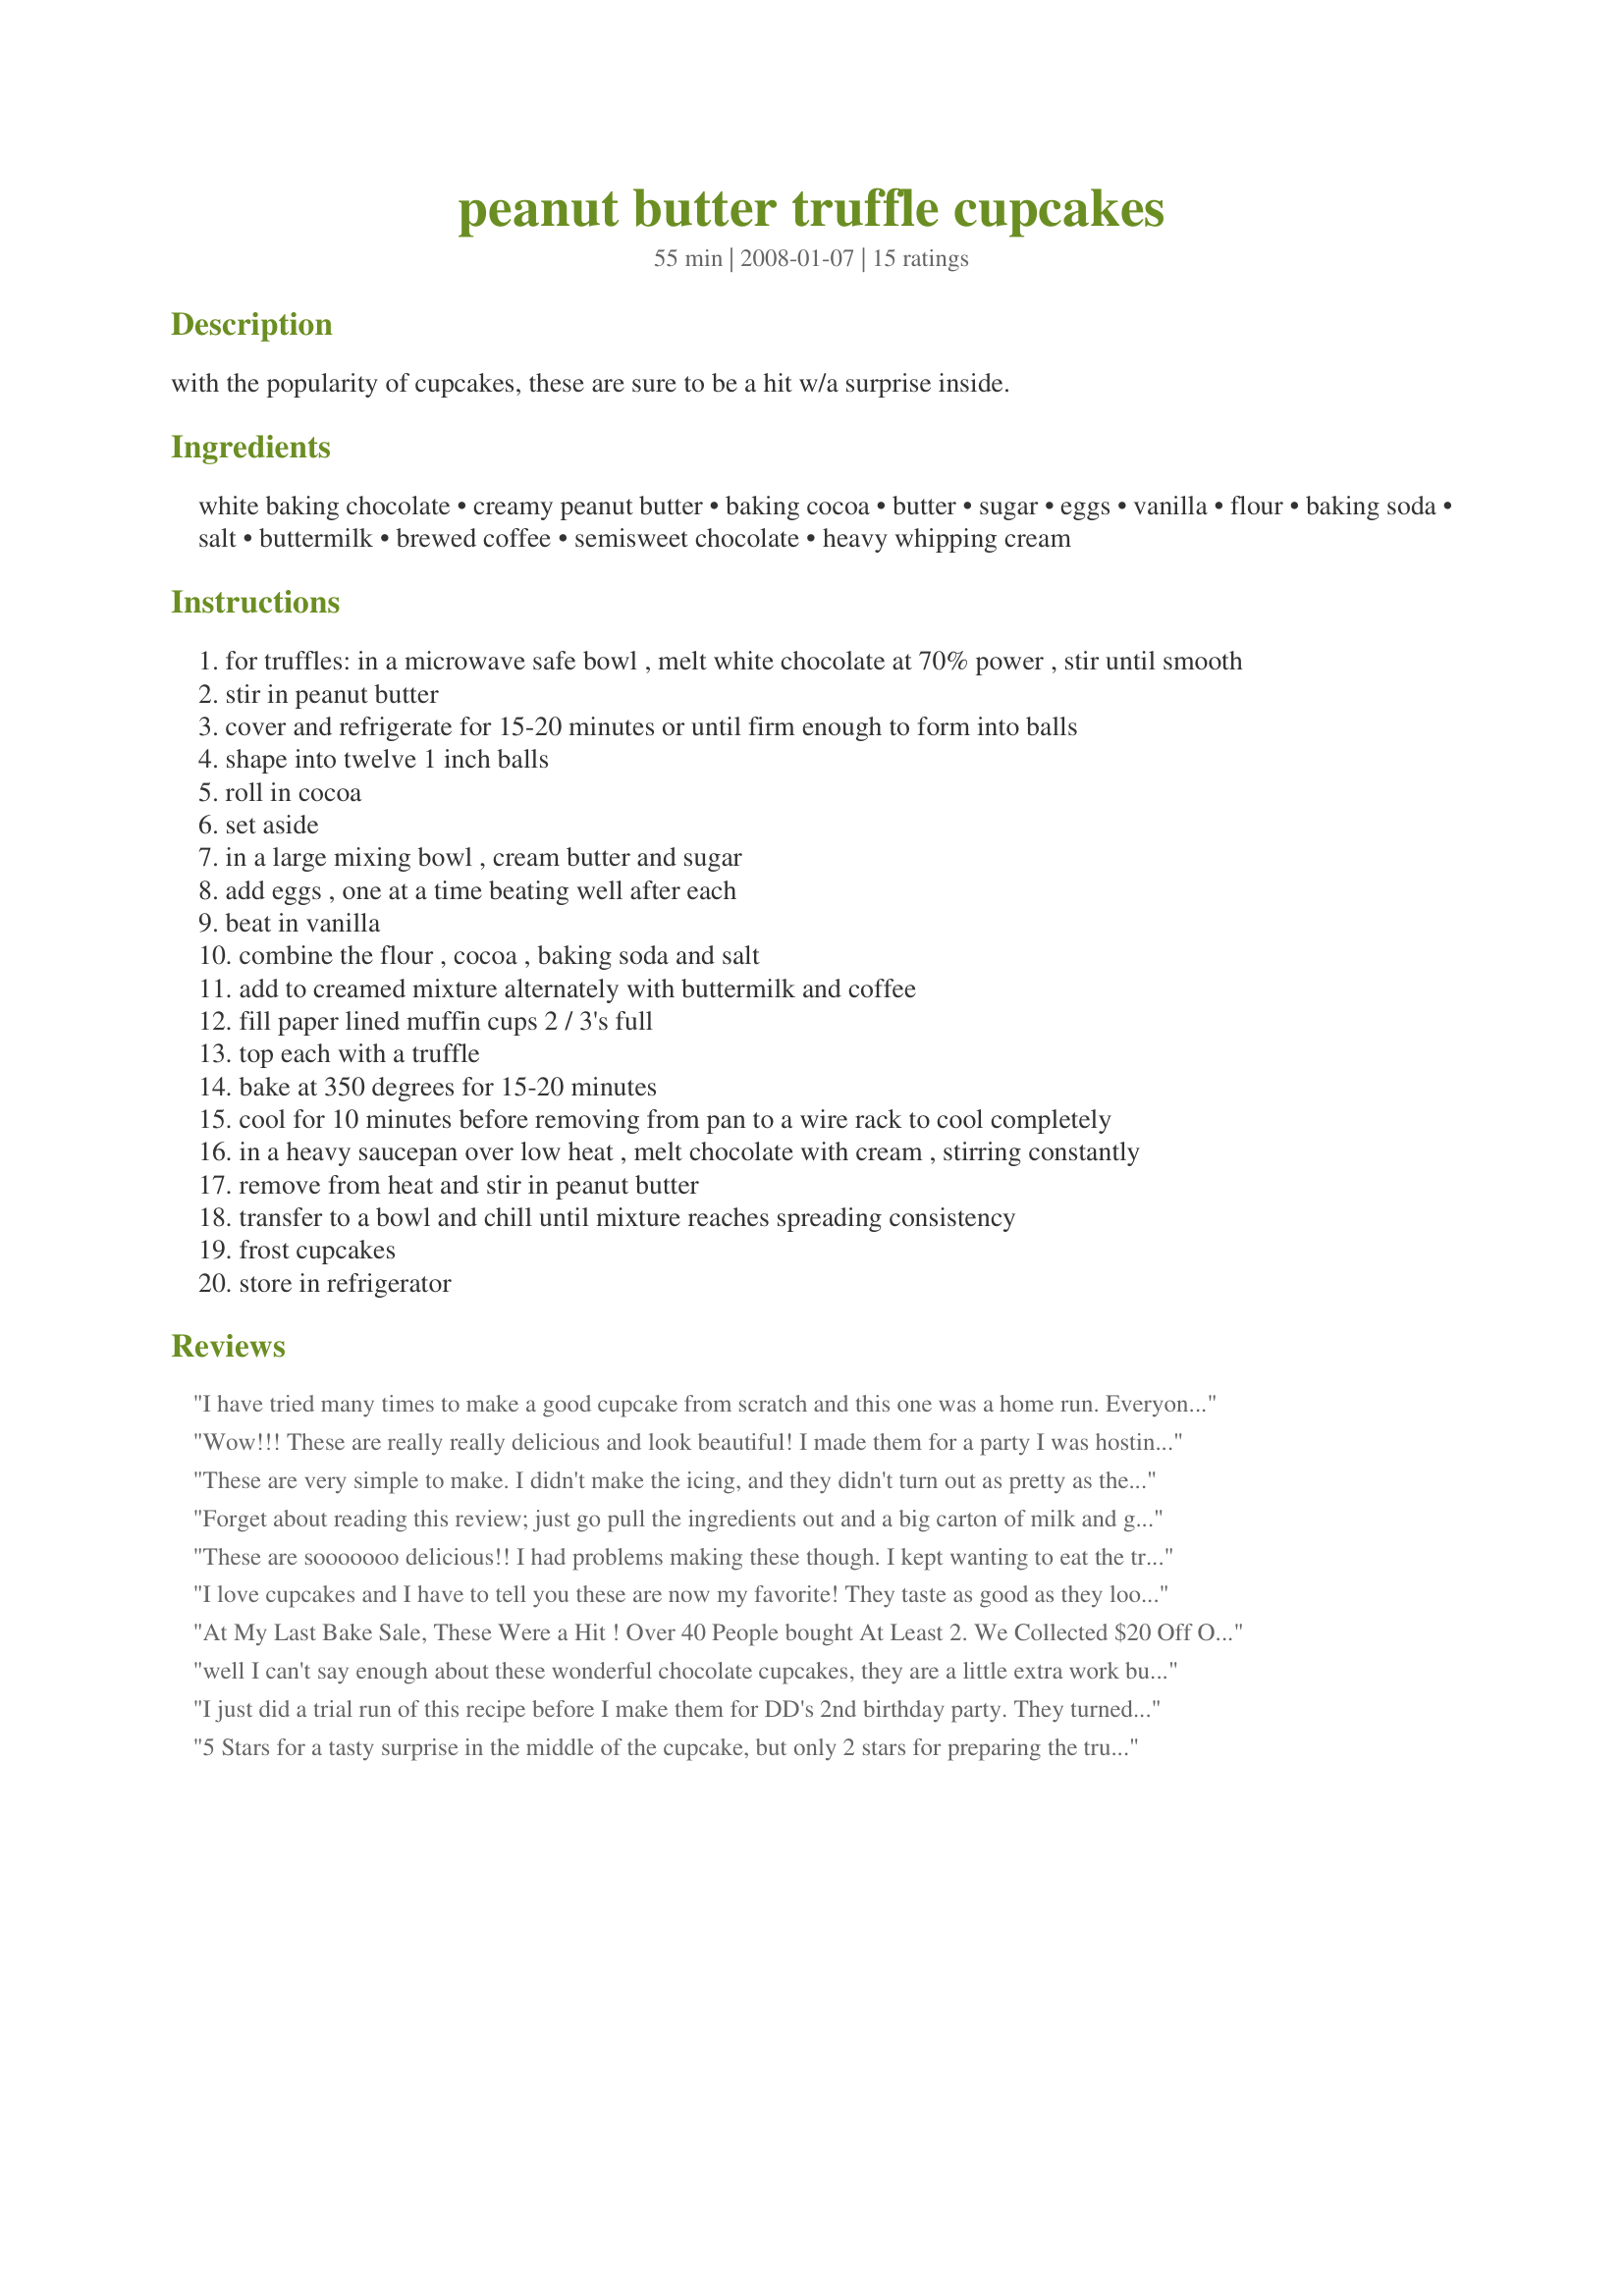
peanut butter truffle cupcakes
Preparation time: 55 minutes

with the popularity of cupcakes, these are sure to be a hit w/a surprise inside.

Ingredients:
white baking chocolate, creamy peanut butter, baking cocoa, butter, sugar, eggs, vanilla, flour, baking soda, salt, buttermilk, brewed coffee, semisweet chocolate, heavy whipping cream

Steps:
for truffles: in a microwave safe bowl , melt white chocolate at 70% power , stir until smooth
stir in peanut butter
cover and refrigerate for 15-20 minutes or until firm enough to form into balls
shape into twelve 1 inch balls
roll in cocoa
set aside
in a large mixing bowl , cream butter and sugar
add eggs , one at a time beating well after each
beat in vanilla
combine the flour , cocoa , baking soda and salt
add to creamed mixture alternately with buttermilk and coffee
fill paper lined muffin cups 2 / 3's full
top each with a truffle
bake at 350 degrees for 15-20 minutes
cool for 10 minutes before removing from pan to a wire rack to cool completely
in a heavy saucepan over low heat , melt chocolate with cream , stirring constantly
remove from heat and stir in peanut butter
transfer to a bowl and chill until mixture reaches spreading consistency
frost cupcakes
store in refrigerator

Reviews:
I have tried many times to make a good cupcake from scratch and this one was a home run. Everyone raved about them. :)
Wow!!! These are really really delicious and look beautiful! I made them for a party I was hosting last night- and everyone was raving about them. I had to hide two so that I would have a chance to enjoy them myself :). These are not complicated to make- just be careful not to leave the frosting in the fridge for too long- mine turned hard- and I had to let it sit out for a few hours before I could use it. The glaze was still a little too stiff to spread on so I piped it on the cupcake with a piping bag- they really looked beautiful! Thank you!
These are very simple to make. I didn't make the icing, and they didn't turn out as pretty as the other photos, but love the coffee-pb-chocolate flavor of these little treats. Thanks for posting. ~Buddha :)
Forget about reading this review; just go pull the ingredients out and a big carton of milk and get ready for a trip chocolate peanut butter heaven. I made these this morning for my brother's birthday as this is favorite dessert combination and he is just going to flip. for my use, I made 24 mini and 3 full-sized cupcakes and had enough batter to make two more without filling. The cake is so moist and intense on its own, you could make that alone and have a delicious indulgence. For me this is especially exciting as cakes from scratch often intimidate me, but these came together in a snap. Thanks CoffeeB. Made for Potluck Tag.
These are sooooooo delicious!! I had problems making these though. I kept wanting to eat the truffle mixture, batter, and frosting. LOL! ;) Thanks, CoffeeBarista!!
I love cupcakes and I have to tell you these are now my favorite! They taste as good as they look in the picture too!
At My Last Bake Sale, These Were a Hit ! Over 40 People bought At Least 2. We Collected $20 Off Of Them !
well I can't say enough about these wonderful chocolate cupcakes, they are a little extra work but well worth the effort and a must try for any peanut butter-chocolate lover and that would be my DS and his GF who thorough enjoyed these, I made the truffles a day ahead to save some time, I will make again and may try it next time using a boxed cake mix for ease, thanks Coffee!
I just did a trial run of this recipe before I make them for DD's 2nd birthday party. They turned out great but I will do things a little differently next time. <br/><br/>For the truffles I will pour the mixture in a shallow square dish and after they harden, I will slice them into squares then cover them in cocoa powder. That way they will be more uniform in size and I won't have to get my hands messy making them into balls. <br/><br/>The batter was easy enough. I used Pero instead of coffee as we are not coffee drinkers. I was concerned by the extremely runny batter, but they eventually cooked. I pulled my cupcakes out after 25 minutes, but they could have used another minute or two. <br/><br/>The frosting was simple. I used mini semi sweet chocolate chips and they melted in no time. I like that the frosting isn't very sweet. A sweet butter cream would be too much for this cupcake.<br/><br/>I'm excited to serve them to our family at DD's birthday. We all love peanut butter and chocolate and I think they'll love the surprise inside!
5 Stars for a tasty surprise in the middle of the cupcake, but only 2 stars for preparing the truffles. 15 minutes in the fridge wasn't long enough to firm up the truffles so I waited about an hour. When I finally got to roll them into balls,they literally melted in my hands while forming them. It was a messy disaster. I've made plenty of truffles in the past and they've never melted in my hands like this before. 1 Star for the icing as written. It was way too bitter. I actually had to double check the box to make sure I didn't buy Bitter-Sweet inadvertantly. It was Semi-Sweet. I was able to salvage the icing tho and turn it into a chocolate buttercream icing instead. I basically added shortening and powdered sugar and whipped until light and fluffy. Before, I couldn't even taste the PB, but once I converted it to a BC, the chocolate taste wasn't overpowering and you could actually taste the peanut butter. YUMMY! Your chocolate cake recipe is very similar to my chocolate cake recipe so I used mine instead. I LOVED bitting into the cake and having the PB truffle in the center. It was quite delicious. My husband didn't care for them, but my co-workers seemed to like them a lot. I will make again, but with some adjustments. Next time, I may just use my regular truffle recipe and a ganache recipe that isn't so bitter. Thanks for the recipe.
DS couldn't leave these alone. They went over like gangbusters at his birthday party! Thanks!
Mmmmmmm....wow.......I don't think I've ever made a yummier chocolaty goodie. Wow! I used Smucker's Natural Peanut Butter and Aldi's white baking chips, made my own "buttermilk" with a splash of vinegar in the milk, and used all "buttermilk" instead of any coffee. I didn't have quite enough paper cups and used cooking spray for four of them. Definitely use paper cups! These cupcakes are incredible for PB-choco lovers! Reviewed for Aus/NZ Recipe Swap 16.
Lights! Camera! Action! Smile pretty. Made for Everyday Is A Holiday.
These were amazing another sweet that didnt last more than 24 hours! I was impressed with how simple they were to make, they taste like a very high end up cake and they look amazing. I slacked up and used Wilton Chocolate frosting though. Thank you for posting such a wonderful recipe!
yummy! i made 4 different cupcakes today and these were my FAVORITE! i was worried the truffles would sink to the bottom and burn a bit. nope. just right. i didn't have any coffee so i just added some milk (with a little hershey's syrup). the frosting is super yummy too! i wanted to bake another batch of these (yes even after baking 6 dozen other cupcakes) but my husband wouldn't let me. :)
